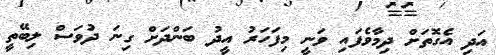
އަދި އެގޮތަށް ދިމާވެފައި ވަނީ މިފަހަރު އީދު ބަންދަށް ގިނަ ދުވަސް ލިބޭތީ